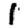
Digit: 1